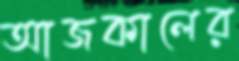
আজকালের